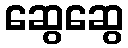
ဆွေဆွေ